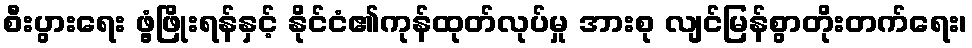
စီးပွားရေး ဖွံ့ဖြိုးရန်နှင့် နိုင်ငံ၏ကုန်ထုတ်လုပ်မှု အားစု လျင်မြန်စွာတိုးတက်ရေး၊